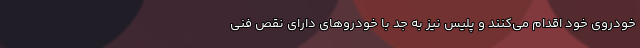
خودروی خود اقدام می‌کنند و پلیس نیز به جد با خودروهای دارای نقص فنی